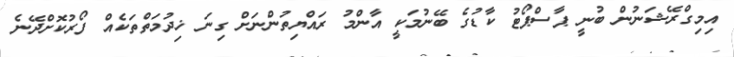
އިމިގްރޭޝަނުން ބުނީ ޕާސްޕޯޓު ކާޑުގެ ބޭނުމަކީ އާންމު ރައްޔިތުންނަށް ގިނަ ޚިދުމަތްތަކެއް ފޯރުކޮށްދޭނެ